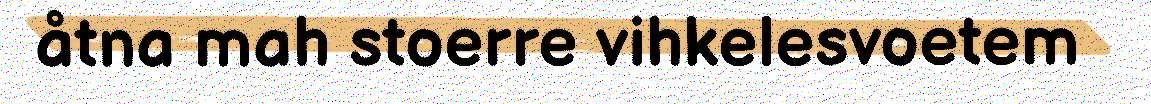
åtna mah stoerre vihkelesvoetem